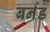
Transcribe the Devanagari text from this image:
बर्नड